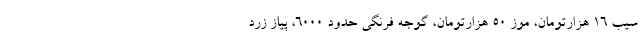
سیب ۱۶ هزارتومان، موز ۵۰ هزارتومان، گوجه فرنگی حدود ۶۰۰۰، پیاز زرد